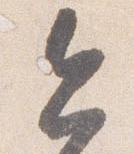
今